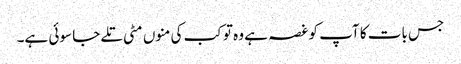
جس بات کا آپ کو غصہ ہے وہ تو کب کی منوں مٹی تلے جا سوئی ہے۔